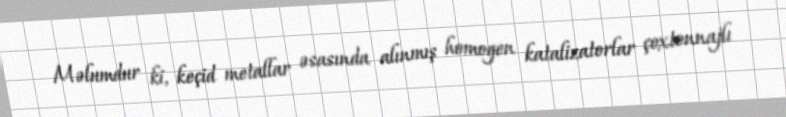
Məlumdur ki, keçid metallar əsasında alınmış homogen katalizatorlar çoxtonnajlı